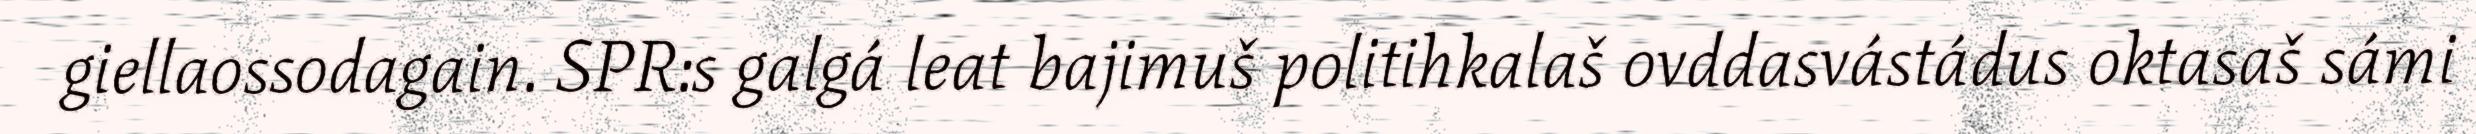
giellaossodagain. SPR:s galgá leat bajimuš politihkalaš ovddasvástádus oktasaš sámi